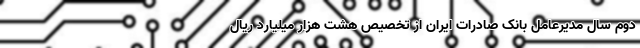
دوم سال مدیرعامل بانک صادرات ایران از تخصیص هشت هزار میلیارد ریال